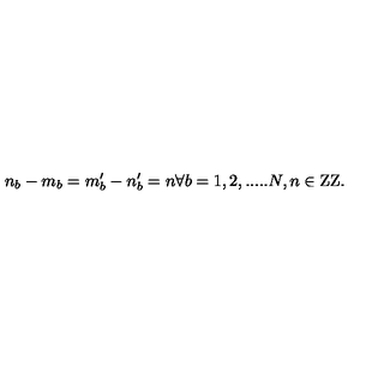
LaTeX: n _ { b } - m _ { b } = m _ { b } ^ { \prime } - n _ { b } ^ { \prime } = n \forall b = 1 , 2 , . . . . . N , n \in \mathrm { Z Z } .